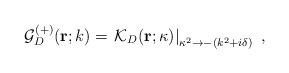
LaTeX: \begin{align*}{\mathcal G}^{(+)}_{{D}} ({\bf r}; k)= \left.{\mathcal K}_{{D}} ({\bf r}; \kappa)\right|_{ \kappa^{2} \rightarrow - (k^{2}+ i \delta) }\; ,\end{align*}